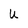
Character: u